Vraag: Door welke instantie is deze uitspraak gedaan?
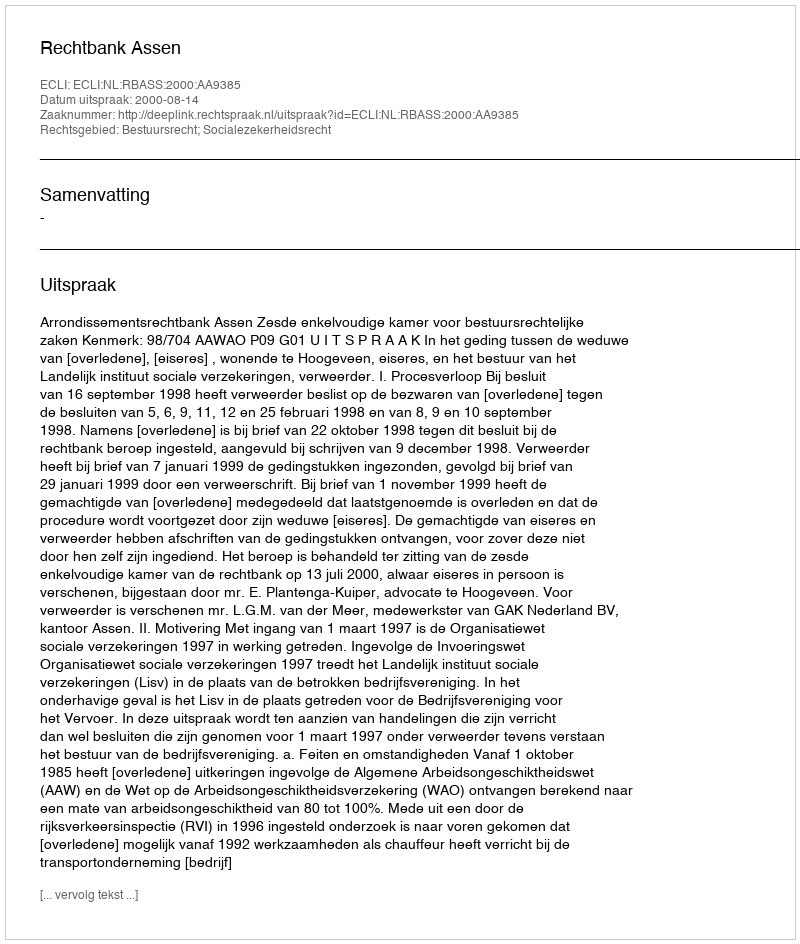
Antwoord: Rechtbank Assen